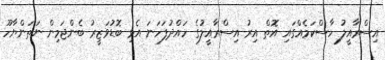
އިސްރާއީލު ހާސްކަމެއްގައި އޮތް އިރު އިސްރާއީލުގެ ހައްދުފަހަނަ އެޅި ބޮޑުވަޒީރު ބެންޖަމިން ނަތަންޔާހޫ